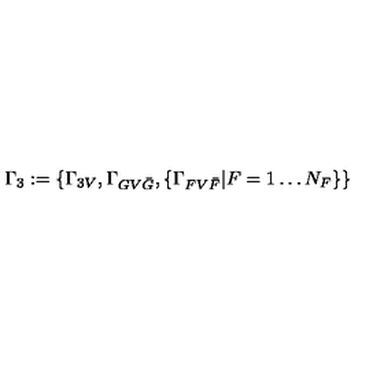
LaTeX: \Gamma _ { 3 } : = \left\{ \Gamma _ { 3 V } , \Gamma _ { G V { \bar { G } } } , \left\{ \Gamma _ { F V { \bar { F } } } | F = 1 \ldots N _ { F } \right\} \right\}